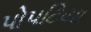
પોપટિયા